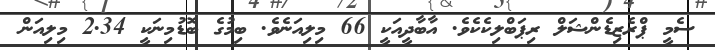
ސެމީ ޕްރެޒިޑެންޝަލް ރިޕަބްލިކެކެވެ. އާބާދީއަކީ 66 މިލިއަނެވެ. ބިމުގެ ބޮޑުމިނަކީ 2.34 މިލިއަން